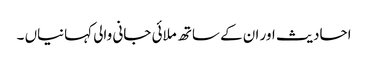
احادیث اور ان کے ساتھ ملائی جانی والی کہانیاں‌ ۔